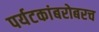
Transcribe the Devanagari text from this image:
पर्यटकांबरोबरच